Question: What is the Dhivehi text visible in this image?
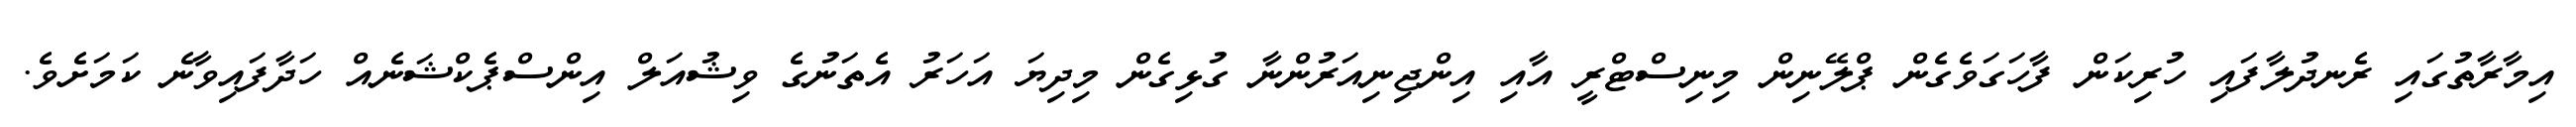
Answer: އިމާރާތުގައި ރެނދުލާފައި ހުރިކަން ފާހަގަވެގެން ޕްލޭނިން މިނިސްޓްރީ އާއި އިންޖިނިއަރުންނާ ގުޅިގެން މިދިޔަ އަހަރު އެތަނުގެ ވިޝުއަލް އިންސްޕެކްޝަނެއް ހަދާފައިވާނެ ކަމަށެވެ.